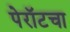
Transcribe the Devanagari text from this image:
पेरॉटचा